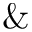
\&